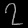
Digit: ၇